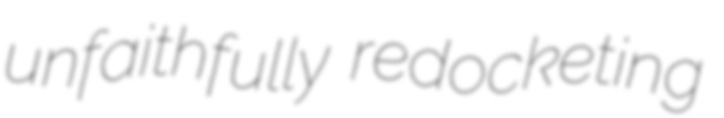
unfaithfully redocketing